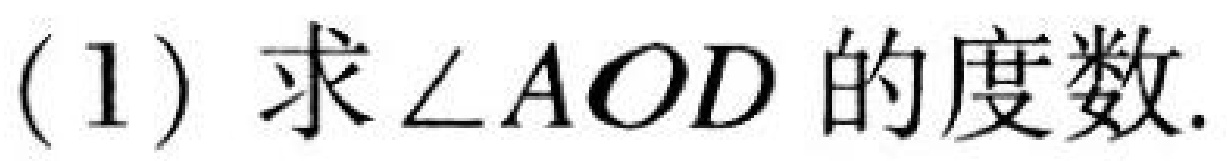
(1) 求\(\angle AOD\)的度数.